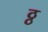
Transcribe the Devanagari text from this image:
ठ्ठ